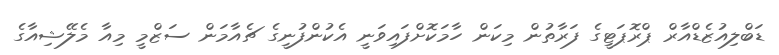
ޑަބްލިއުޒެޑްއާރް ޕްރޮޕަޓީގެ ފަރާތުން މިކަން ހާމަކޮށްފައިވަނީ އެކުންފުނީގެ ޗެއާމަން ސަޒްމީ މިއާ މެލޭޝިއާގެ